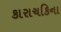
કારાચકિના